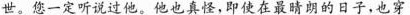
世。您一定听说过他。他也真怪，即使在最晴朗的日子，也穿